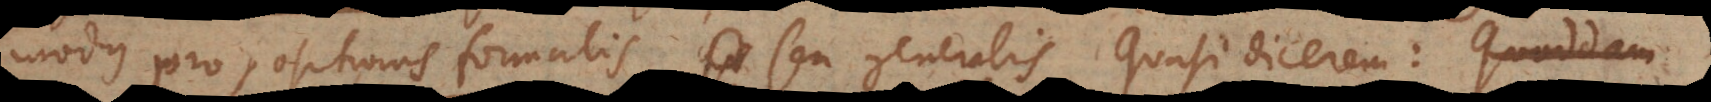
modus propositionis formalis, seu generalis, quasi dicerem: quoddam